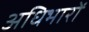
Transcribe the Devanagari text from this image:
अधिभारों